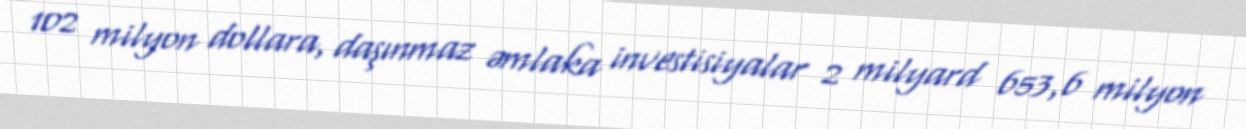
102 milyon dollara, daşınmaz əmlaka investisiyalar 2 milyard 653,6 milyon